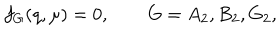
f _ { G } ( q , \mu ) = 0 , \qquad G = A _ { 2 } , B _ { 2 } , G _ { 2 } ,